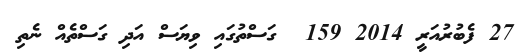
27 ފެބުރުއަރީ 2014 159  ގަސްތުގައި ވިޔަސް އަދި ގަސްތެއް ނެތި